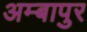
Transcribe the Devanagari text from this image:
अम्बापुर